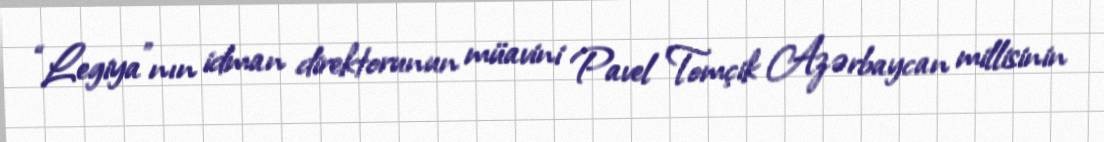
“Legiya”nın idman direktorunun müavini Pavel Tomçik Azərbaycan millisinin